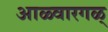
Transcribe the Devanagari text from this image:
आळ्वारगळ्